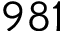
9 8 1